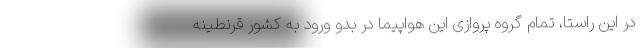
در این راستا، تمام گروه پروازی این هواپیما در بدو ورود به کشور قرنطینه